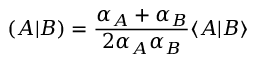
( A | B ) = \frac { \alpha _ { A } + \alpha _ { B } } { 2 \alpha _ { A } \alpha _ { B } } \langle A | B \rangle